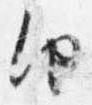
由